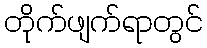
တိုက်ဖျက်ရာတွင်